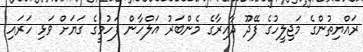
ރައްޔިތުންގެ މަޖިލީހުގެ ފޭދޫ ދާއިރާގެ މެންބަރު އަލްހާން ފަހުމީގެ ގަޔަށް ވަޅި ހަރައި